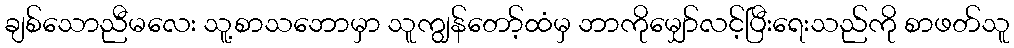
ချစ်သောညီမလေး သူ့စာသဘောမှာ သူကျွန်တော့်ထံမှ ဘာကိုမျှော်လင့်ပြီးရေးသည်ကို စာဖတ်သူ